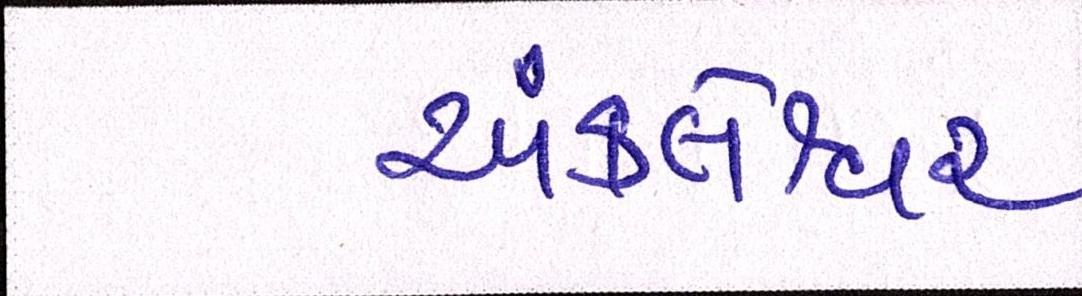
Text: અંકલેશ્વર